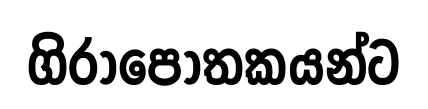
ගිරාපෝතකයන්ට